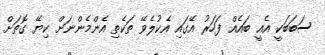
ސަބަބަކީ އެއީ ބައެއް ފަހަރު އޭގައި އެކުލެވޭ ތަކެތި އެންމެންނަށް ކިޔޭ ގޮތަށް